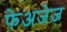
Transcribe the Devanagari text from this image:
फेअजेज़